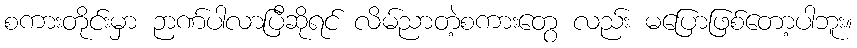
စကားတိုင်းမှာ ဉာဏ်ပါလာပြီဆိုရင် လိမ်ညာတဲ့စကားတွေ လည်း မပြောဖြစ်တော့ပါဘူး။